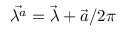
\vec { \lambda ^ { a } } = \vec { \lambda } + \vec { a } / 2 \pi